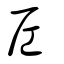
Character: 𡰱